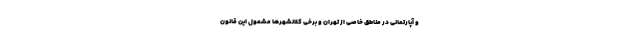
و آپارتمانی در مناطق خاصی از تهران و برخی کلانشهرها مشمول این قانون